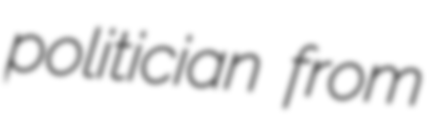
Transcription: politician from